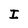
Character: I